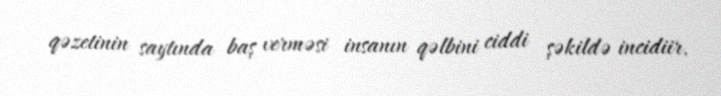
qəzetinin saytında baş verməsi insanın qəlbini ciddi şəkildə incidiir.